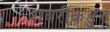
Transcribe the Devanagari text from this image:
शबरीकडुन